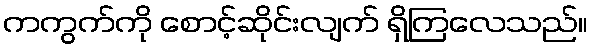
ကကွက်ကို စောင့်ဆိုင်းလျက် ရှိကြလေသည်။